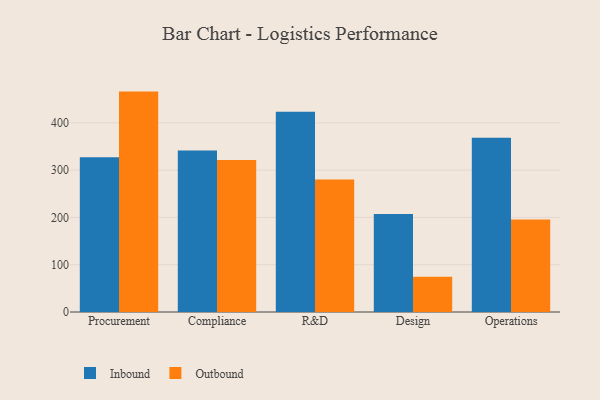
{"axis": {"x": "Department", "y": "Operating Costs (USD K)"}, "legend": ["Inbound", "Outbound"], "data": [{"x": "Procurement", "y": 327.1, "type": "Inbound"}, {"x": "Procurement", "y": 466.1, "type": "Outbound"}, {"x": "Compliance", "y": 341.4, "type": "Inbound"}, {"x": "Compliance", "y": 321.7, "type": "Outbound"}, {"x": "R&D", "y": 423.4, "type": "Inbound"}, {"x": "R&D", "y": 280.2, "type": "Outbound"}, {"x": "Design", "y": 207.3, "type": "Inbound"}, {"x": "Design", "y": 74.6, "type": "Outbound"}, {"x": "Operations", "y": 368.7, "type": "Inbound"}, {"x": "Operations", "y": 195.7, "type": "Outbound"}]}